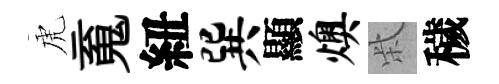
虎䰟紐巽顯燠柴穢